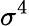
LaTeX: \sigma^{4}